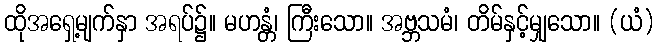
ထိုအရှေ့မျက်နှာ အရပ်၌။ မဟန္တံ၊ ကြီးသော။ အဗ္ဘသမံ၊ တိမ်နှင့်မျှသော။ (ယံ)